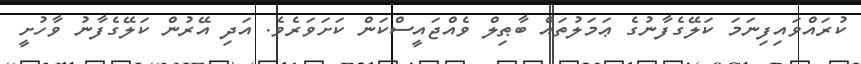
ކުރައްވައިފިނަމަ ކަލޭގެފާނުގެ ޢަމަލުތައް ބާޠިލް ވެއްޖައީސްކަން ކަށަވަރެވެ. އަދި އޭރުން ކަލޭގެފާނު ވާހުށީ